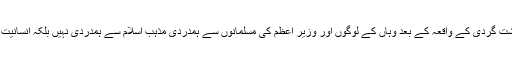
نیوزی لینڈ میں دہشت گردی کے واقعہ کے بعد وہاں کے لوگوں اور وزیر اعظم کی مسلمانوں سے ہمدردی مذہب اسلام سے ہمدردی نہیں بلکہ انسانیت سے ہمدردی ہے۔